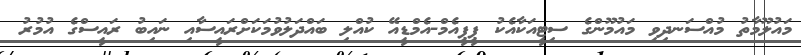
މައުލޫމާތު މުއްސަނދިވި މައުމޫންގެ ސިޓީއަކާއެކު ޕީޕީއެމް-އެމްޑީއޭ ކުއްލި ބައްދަލުވުމަކަށްރައީސާއި ނައިބު ރައީސްގެ އުމުރު